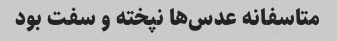
متاسفانه عدس‌ها نپخته و سفت بود